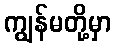
ကျွန်မတို့မှာ